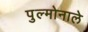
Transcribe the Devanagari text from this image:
पुल्मोनाले